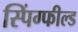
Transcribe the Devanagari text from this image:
स्पिंग्फील्ड